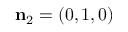
{ \mathbf { n } _ { 2 } } = ( 0 , 1 , 0 )